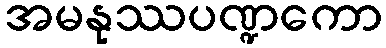
အမနုဿပဏ္ဍကော